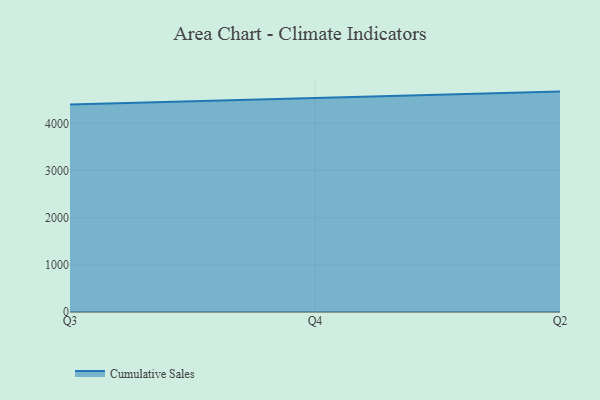
{"axis": {"x": "Quarter", "y": "Page Views"}, "legend": ["Cumulative Sales"], "data": [{"x": "Q3", "y": 4397.4, "type": "Cumulative Sales"}, {"x": "Q4", "y": 4527.5, "type": "Cumulative Sales"}, {"x": "Q2", "y": 4673.2, "type": "Cumulative Sales"}]}